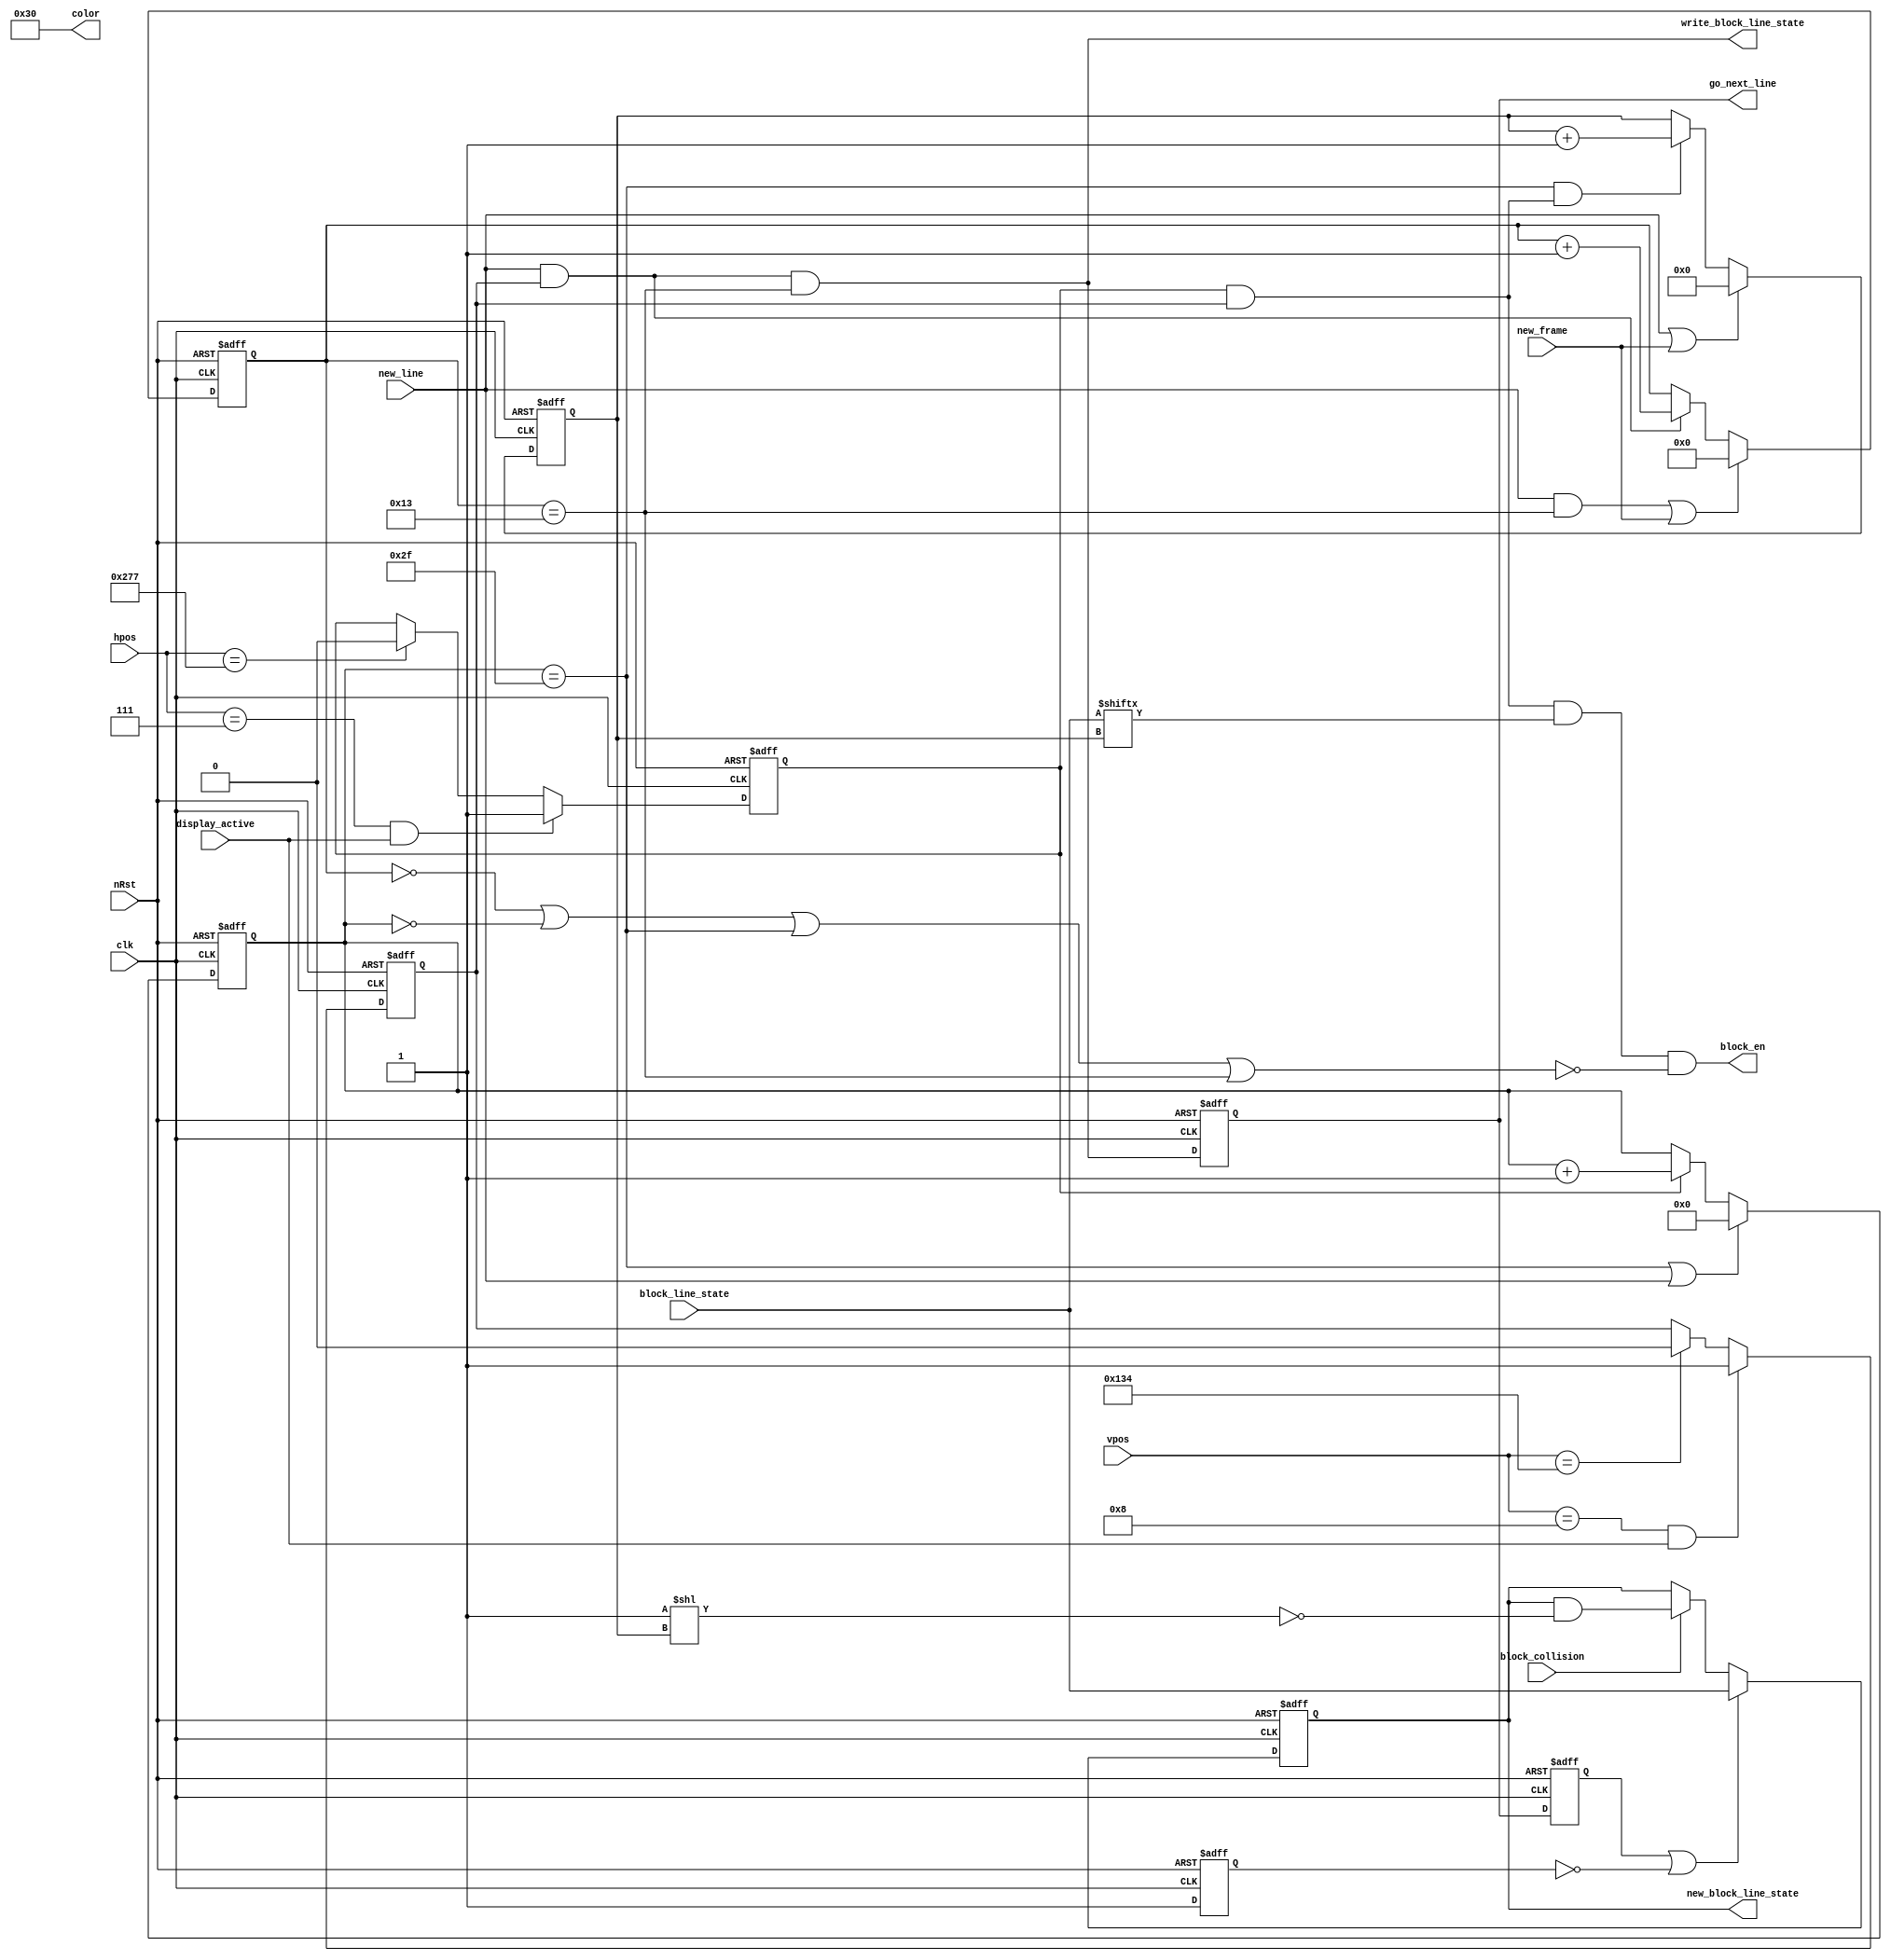
`timescale 1ns / 1ps
//////////////////////////////////////////////////////////////////////////////////
// Company:
// Engineer:
//
// Design Name:
// Module Name: blocks_drawer
// Project Name:
// Target Devices:
// Tool Versions:
// Description:
//
// Dependencies:
//
// Revision:
// Revision 0.01 - File Created
// Additional Comments:
//
//////////////////////////////////////////////////////////////////////////////////


module p18_blocks_painter (
    input clk,
    input nRst,
    output block_en,
    output [5:0] color,
    input [9:0] hpos,
    input [8:0] vpos,
    input new_frame,
    input new_line,
    input display_active,
    input [12:0] block_line_state,
    output go_next_line,
    input block_collision,
    output reg [12:0] new_block_line_state,
    output write_block_line_state
    );

    parameter BORDER_WIDTH = 8;
    parameter BLOCK_WIDTH = 48;
    parameter BLOCK_HEIGHT = 20;
    parameter BLOCKS_PER_ROW = 13;
    parameter NUM_ROWS = 15;

    reg in_vertical_block_region;
    wire vertical_block_region_start = vpos == BORDER_WIDTH && display_active;
    wire vertical_block_region_end = vpos == BORDER_WIDTH + NUM_ROWS * BLOCK_HEIGHT;
    always @(posedge clk or negedge nRst)
    begin
        if(!nRst) begin
            in_vertical_block_region <= 1'b0;
        end else begin
            if(vertical_block_region_start) begin
                in_vertical_block_region <= 1'b1;
            end else if(vertical_block_region_end) begin
                in_vertical_block_region <= 1'b0;
            end
        end
    end

    reg in_horizontal_block_region;
    wire horizontal_block_region_start = hpos == BORDER_WIDTH - 1 && display_active;
    wire horizontal_block_region_end = hpos == (BORDER_WIDTH + BLOCKS_PER_ROW * BLOCK_WIDTH) - 1;
    always @(posedge clk or negedge nRst)
    begin
        if(!nRst) begin
            in_horizontal_block_region <= 1'b0;
        end else begin
            if(horizontal_block_region_start) begin
                in_horizontal_block_region <= 1'b1;
            end else if(horizontal_block_region_end) begin
                in_horizontal_block_region <= 1'b0;
            end
        end
    end

    wire in_block_region = in_horizontal_block_region && in_vertical_block_region;

    reg [5:0] block_x_cnt;
    wire is_last_block_x = block_x_cnt == BLOCK_WIDTH-1;
    always @(posedge clk or negedge nRst)
    begin
        if(!nRst) begin
            block_x_cnt <= 0;
        end else begin
            if(is_last_block_x || new_line) begin
                block_x_cnt <= 0;
            end else if(in_horizontal_block_region) begin
                block_x_cnt <= block_x_cnt + 1'b1;
            end
        end
    end

    reg [4:0] block_y_cnt;
    wire is_last_block_y = block_y_cnt == BLOCK_HEIGHT-1;
    always @(posedge clk or negedge nRst)
    begin
        if(!nRst) begin
            block_y_cnt <= 0;
        end else begin
            if((new_line && is_last_block_y) || new_frame) begin
                block_y_cnt <= 0;
            end else if(new_line && in_vertical_block_region) begin
                block_y_cnt <= block_y_cnt + 1'b1;
            end
        end
    end

    reg [3:0] block_offset_idx;
    always @(posedge clk or negedge nRst)
    begin
        if(!nRst) begin
            block_offset_idx <= 8'd0;
        end else begin
            if(new_line || new_frame) begin
                block_offset_idx <= 8'd0;
            end else if(is_last_block_x && in_block_region) begin
                block_offset_idx <= block_offset_idx + 1'b1;
            end
        end
    end

    wire in_block_border = block_y_cnt == 0 || block_x_cnt == 0 || block_x_cnt == BLOCK_WIDTH - 1 || block_y_cnt == BLOCK_HEIGHT - 1;
    wire current_block_present = block_line_state[block_offset_idx];
    wire in_block = in_block_region && current_block_present && !in_block_border;

    assign block_en = in_block;
    assign color = 6'b110000;

    /////////////////////////////////////////////
    // Handle block collisions
    /////////////////////////////////////////////
    // Do three actions at the end of a line of blocks:
    // 1. Write the new line state to the current position
    // 2. Go to the next line
    // 3. Load the next line state
    wire at_end_of_line = new_line && in_vertical_block_region && is_last_block_y;
    wire load_line_state;
    reg at_end_of_line_d1;
    reg at_end_of_line_d2;
    assign write_block_line_state = at_end_of_line;
    assign go_next_line = at_end_of_line_d1;
    assign load_line_state = at_end_of_line_d2;
    always @(posedge clk or negedge nRst)
    begin
        if(!nRst) begin
            at_end_of_line_d1 <= 1'b0;
            at_end_of_line_d2 <= 1'b0;
        end else begin
            at_end_of_line_d1 <= at_end_of_line;
            at_end_of_line_d2 <= at_end_of_line_d1;
        end
    end

    // Remove blocks that have been hit
    reg first_time_reset;
    always @(posedge clk or negedge nRst)
    begin
        if(!nRst) begin
            new_block_line_state <= 0;
            first_time_reset <= 0;
        end else begin
            if(load_line_state || !first_time_reset) begin
                new_block_line_state <= block_line_state;
            end else if(block_collision) begin
                new_block_line_state <= new_block_line_state & ~(1 << block_offset_idx);
            end
            first_time_reset <= 1'b1;
        end
    end


endmodule